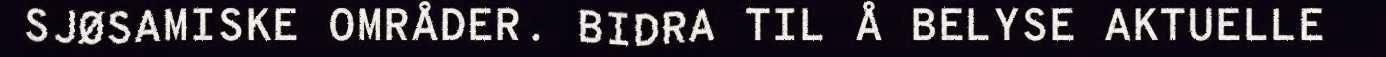
SJØSAMISKE OMRÅDER. BIDRA TIL Å BELYSE AKTUELLE